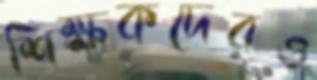
শিক্ষকদেরও